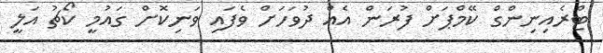
ޓްރެއިނިންގް ކޭމްޕަށް ފުރަން އެއް ދުވަހަށް ވެފައި ވަނިކޮށް ގައުމީ ކޯޗު އަލީ